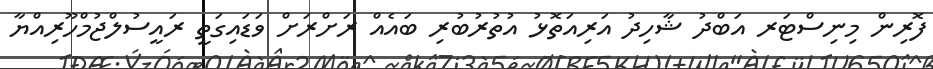
ފޮރިން މިނިސްޓަރ އަބްދު ޝާހިދު އަރިއަތޮޅު އުތުރުބުރި ބައެއް ރަށްރަށް ވަޑައިގަތީ ރައީސުލްޖުމްހޫރިއްޔާ